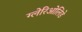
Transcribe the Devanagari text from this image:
ग्लेरिओलिडे